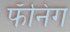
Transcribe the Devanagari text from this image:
फॅनिंग